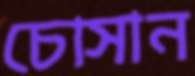
চোসান